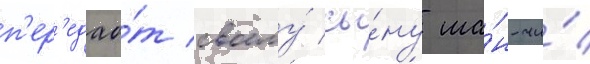
п'ер'едао́т своему́ сы́ну ша́н-чи́